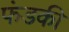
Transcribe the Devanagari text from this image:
फंडकी